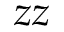
z z